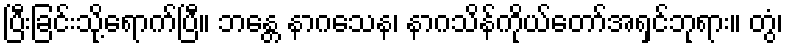
ပြီးခြင်းသို့ရောက်ပြီ။ ဘန္တေ နာဂသေန၊ နာဂသိန်ကိုယ်တော်အရှင်ဘုရား။ တွံ၊